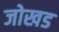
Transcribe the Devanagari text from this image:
जोखड